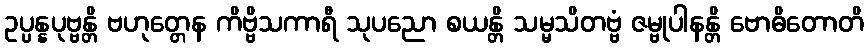
ဥပ္ပန္နပုဗ္ဗန္တိ ဗဟုတ္တေန ကိဗ္ဗိသကာရီ သုပညော စယန္တိ သမ္မသိတဗ္ဗံ ဇမ္ဗုပါနန္တိ ဗောဓိတောတိ